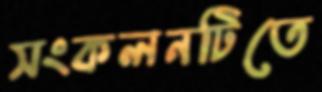
সংকলনটিতে